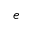
{ e }